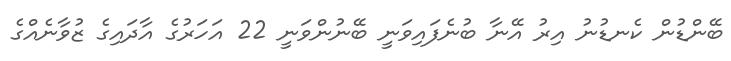
ބޭންޑުން ކެނޑުނު އިރު އޭނާ ބުނެފައިވަނީ ބޭނުންވަނީ 22 އަހަރުގެ އާދައިގެ ޒުވާނެއްގެ